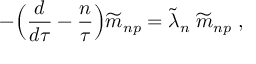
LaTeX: - \Bigr ( { \frac { d } { d \tau } } - { \frac { n } { \tau } } \Bigr ) { \widetilde m } _ { n p } = { \widetilde \lambda } _ { n } \; { \widetilde m } _ { n p } \; ,